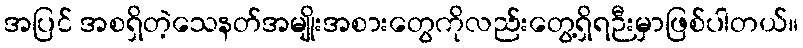
အပြင် အစရှိတဲ့သေနတ်အမျိုးအစားတွေကိုလည်းတွေ့ရှိရဉီးမှာဖြစ်ပါတယ်။